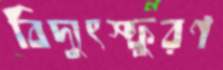
বিদ্যুৎস্ফুরণ